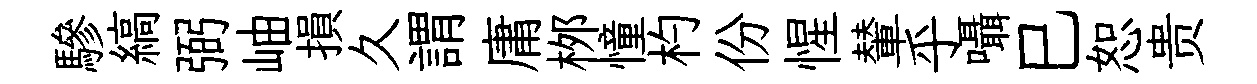
驂縞弼岫損久謂庸桞憧杓份惺輦乎囁巳恕贵